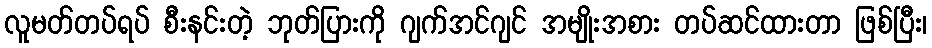
လူမတ်တပ်ရပ် စီးနင်းတဲ့ ဘုတ်ပြားကို ဂျက်အင်ဂျင် အမျိုးအစား တပ်ဆင်ထားတာ ဖြစ်ပြီး၊